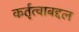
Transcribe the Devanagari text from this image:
कर्तृत्वाबद्दल